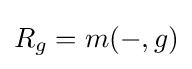
R_{g}=m(-,g)